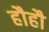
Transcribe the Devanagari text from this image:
हौहौ